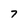
Character: 7